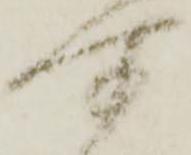
所